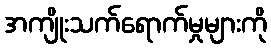
အကျိုးသက်ရောက်မှုများကို